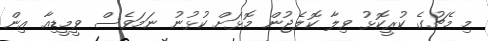
މި މެޗުގެ ކުރީކޮޅު ވިލާ ކޮލެޖުން މޮޅަށް ކުޅުނު ނަމަވެސް ވީމީޑިއާ އިން